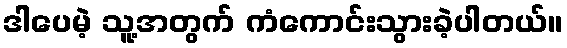
ဒါပေမဲ့ သူ့အတွက် ကံကောင်းသွားခဲ့ပါတယ်။